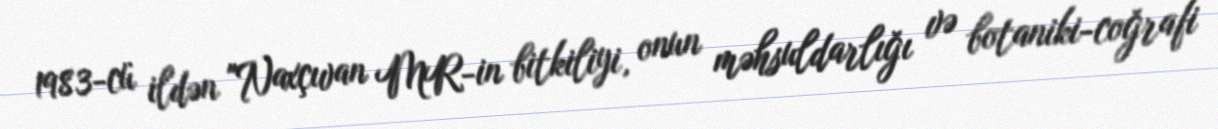
1983-cü ildən "Naxçıvan MR-in bitkiliyi, onun məhsuldarlığı və botaniki-coğrafi